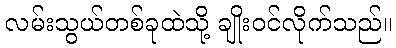
လမ်းသွယ်တစ်ခုထဲသို့ ချိုးဝင်လိုက်သည်။